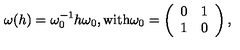
\omega ( h ) = \omega _ { 0 } ^ { - 1 } h \omega _ { 0 } , \mathrm { w i t h } \omega _ { 0 } = \left( \begin{array} { c c } { 0 } & { 1 } \\ { 1 } & { 0 } \\ \end{array} \right) ,